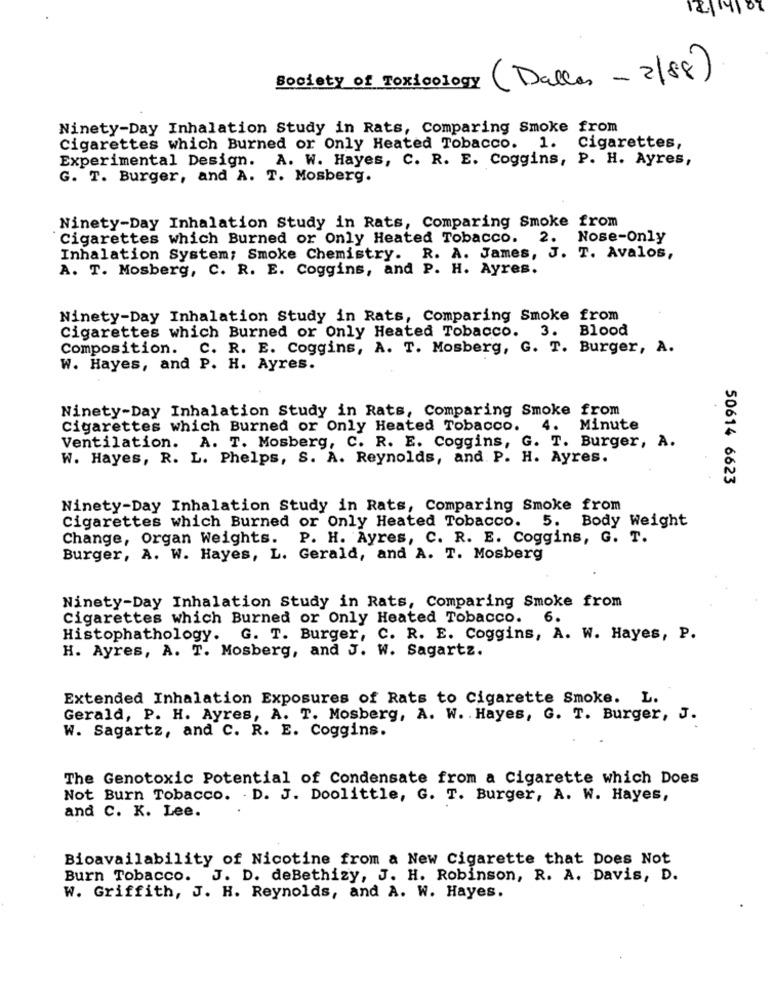
12/14/07
Society of Toxicology
(Dallas - 2/88)
Ninety-Day Inhalation Study in Rats, Comparing Smoke from
Cigarettes which Burned or Only Heated Tobacco. 1. Cigarettes,
Experimental Design. A. W. Hayes, C. R. E. Coggins, P. H. Ayres,
G. T. Burger, and A. T. Mosberg.
Ninety-Day Inhalation Study in Rats, Comparing Smoke from
Cigarettes which Burned or Only Heated Tobacco. 2. Nose-Only
Inhalation System; Smoke Chemistry. R. A. James, J. T. Avalos,
A. T. Mosberg, C. R. E. Coggins, and P. H. Ayres.
Ninety-Day Inhalation Study in Rats, Comparing Smoke from
Cigarettes which Burned or Only Heated Tobacco.
3. Blood
Composition. C. R. E. Coggins, A. T. Mosberg, G. T. Burger, A.
W. Hayes, and P. H. Ayres.
Ninety-Day Inhalation Study in Rats, Comparing Smoke from
Cigarettes which Burned or Only Heated Tobacco.
4.
Minute
Ventilation. A. T. Mosberg, C. R. E. Coggins, G. T. Burger, A.
W. Hayes, R. L. Phelps, S. A. Reynolds, and P. H. Ayres.
50614 6623
Ninety-Day Inhalation Study in Rats, Comparing Smoke from
Cigarettes which Burned or Only Heated Tobacco. 5. Body Weight
Change, Organ Weights.
P. H. Ayres, C. R. E. Coggins, G. T.
Burger, A. W. Hayes, L. Gerald, and A. T. Mosberg
Ninety-Day Inhalation Study in Rats, Comparing Smoke from
Cigarettes which Burned or Only Heated Tobacco.
6.
Histophathology. G. T. Burger, C. R. E. Coggins, A. W. Hayes, P.
H. Ayres, A. T. Mosberg, and J. W. Sagartz.
Extended Inhalation Exposures of Rats to Cigarette Smoke. L.
Gerald, P. H. Ayres, A. T. Mosberg, A. W. . Hayes, G. T. Burger, J.
W. Sagartz, and C. R. E. Coggins.
The Genotoxic Potential of Condensate from a Cigarette which Does
Not Burn Tobacco. . D. J. Doolittle, G. T. Burger, A. W. Hayes,
and C. K. Lee.
Bioavailability of Nicotine from a New Cigarette that Does Not
Burn Tobacco. J. D. deBethizy, J. H. Robinson, R. A. Davis, D.
W. Griffith, J. H. Reynolds, and A. W. Hayes.